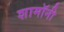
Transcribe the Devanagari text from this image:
शामॉनी